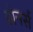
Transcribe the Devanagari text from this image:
होनर्स